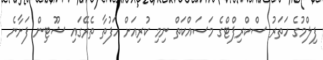
ފިލްމުގެ ހަތަރު ސްކްރިޕްޓްގެ މަސައްކަތް ނިމި ކުރިއަށް ހަފުތާ ތެރޭގައި ޝޫޓިން ފަށާނެ